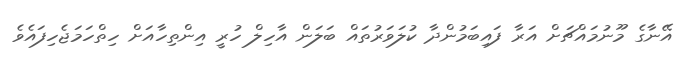
އޭނާގެ މޫނުމައްޗަށް އަރާ ފައިބަމުންދާ ކުލަވަރުތައް ބަލަން އާހިލް ހުރީ އިންތިހާއަށް ހިތްހަމަޖެހިފައެވެ